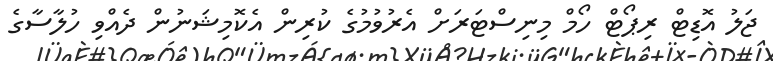
ޖަލު އޮޑިޓް ރިޕޯޓް ހޯމް މިނިސްޓަރަށް އެރުވުމުގެ ކުރިން އެކޮމިޝަނުން ދެއްވި ހުލާސާގެ